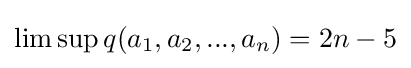
\limsup q(a_{1},a_{2},...,a_{n})=2n-5